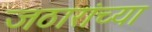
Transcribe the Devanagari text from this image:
जठारांच्या